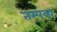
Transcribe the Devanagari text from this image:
तम्पला